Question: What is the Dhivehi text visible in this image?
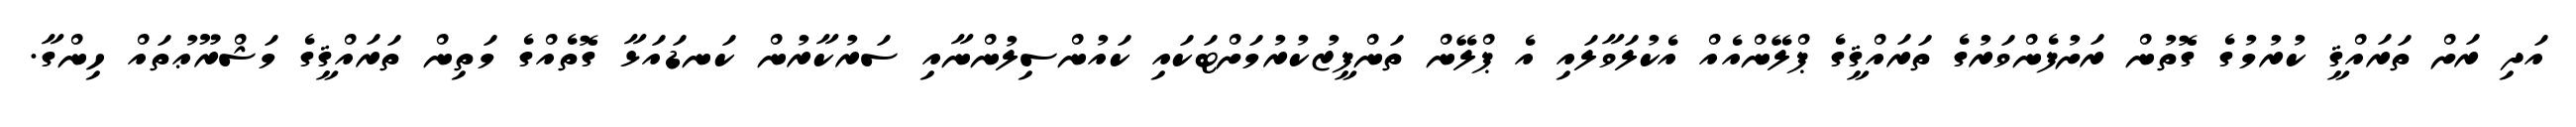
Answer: އަދި ރަށް ތަރައްޤީ ކުރުމުގެ ގޮތުން ރަށުފެންވަރުގެ ތަރައްޤީގެ ޕްލޭންއެއް އެކުލަވާލައި އެ ޕްލޭން ތަންފީޒުކުރުމަށްޓަކައި ކައުންސިލުންނާއި ސަރުކާރުން ކަނޑައަޅާ ގޮތެއްގެ މަތިން ތަރައްޤީގެ މަޝްރޫޢުތައް ހިންގާ.